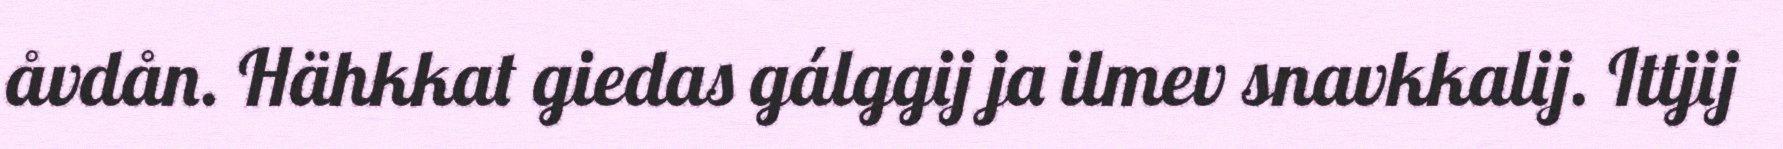
åvdån. Hähkkat giedas gálggij ja ilmev snavkkalij. Ittjij